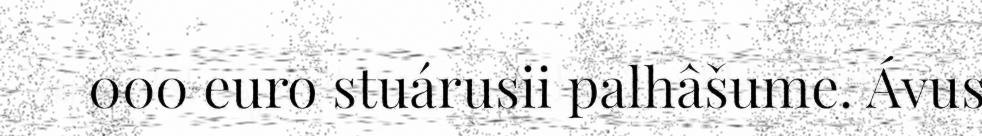
000 euro stuárusii palhâšume. Ávus